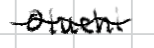
Text: Oluehi
Cross-out: wave
Writing tool: digital_black